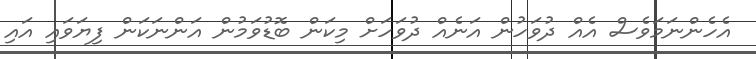
އެހެންނަމަވެސް އެއް ދުވަހުން އަނެއް ދުވަހަށް މިކަން ބޮޑުވަމުން އަންނަކަން ފިޔަވައި އައި